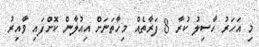
މި އަހަރު ހާސިލު ކުރާ 8 ފަރާތެއް މިހާތަނަށް އިއުލާން ކޮށްފައި ވާއިރު